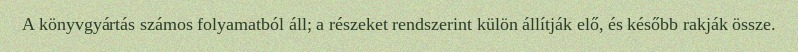
A könyvgyártás számos folyamatból áll; a részeket rendszerint külön állítják elő, és később rakják össze.